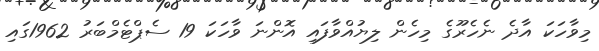
މިވާހަކަ އާދެ ނެހެރޫގެ މިހެން ލިޔުއްވާފައި އޮންނަ ވާހަކަ 19 ސެޕްޓެމްބަރު 1962ގައި